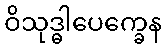
ဝိသုဒ္ဓါပေက္ခေန